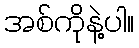
အစ်ကိုနဲ့ပါ။